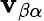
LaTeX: \mathbf{v}_{\beta\alpha}